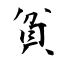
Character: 貧